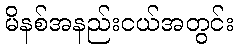
မိနစ်အနည်းငယ်အတွင်း